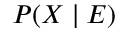
P ( X \mid E )